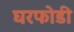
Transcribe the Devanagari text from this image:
घरफोडी